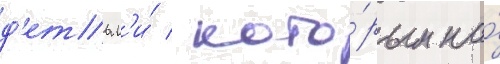
д'етьм'и́ / кото́рым на́